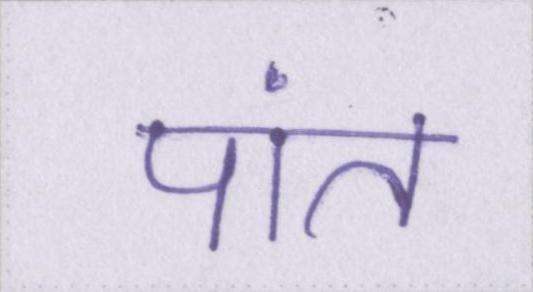
पांत